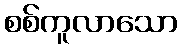
စစ်ကူလာသော